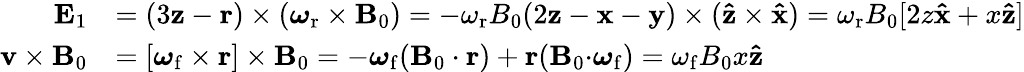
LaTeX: \begin{array}{rl}{\mathbf{E}_{1}}&{=(3\mathbf{z}-\mathbf{r})\times(\boldsymbol{\omega}_{\mathrm{r}}\times\mathbf{B}_{0})=-\omega_{\mathrm{r}}B_{0}(2\mathbf{z}-\mathbf{x}-\mathbf{y})\times(\mathbf{\hat{z}}\times\mathbf{\hat{x}})=\omega_{\mathrm{r}}B_{0}[2z\mathbf{\hat{x}}+x\mathbf{\hat{z}}]}\\ {\mathbf{v}\times\mathbf{B}_{0}}&{=[\boldsymbol{\omega}_{\mathrm{f}}\times\mathbf{r}]\times\mathbf{B}_{0}=-\boldsymbol{\omega}_{\mathrm{f}}(\mathbf{B}_{0}\cdot\mathbf{r})+\mathbf{r}(\mathbf{B}_{0}\mathbf{\cdot}\boldsymbol{\omega}_{\mathrm{f}})=\omega_{\mathrm{f}}B_{0}x\mathbf{\hat{z}}}\end{array}